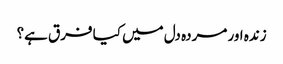
زندہ اور مردہ دل میں کیا فرق ہے؟